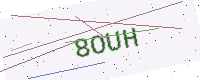
Text: 8OUH